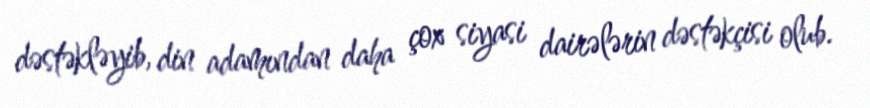
dəstəkləyib, din adamından daha çox siyasi dairələrin dəstəkçisi olub.